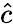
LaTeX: \hat{c}